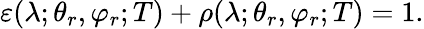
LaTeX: \varepsilon(\lambda;\theta_{r},\varphi_{r};T)+\rho(\lambda;\theta_{r},\varphi_{r};T)=1\mathrm{.}